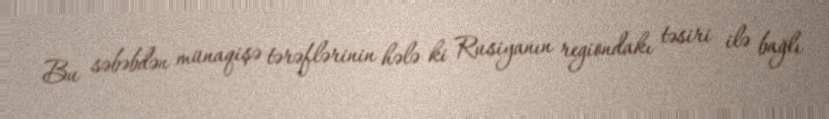
Bu səbəbdən münaqişə tərəflərinin hələ ki Rusiyanın regiondakı təsiri ilə bağlı